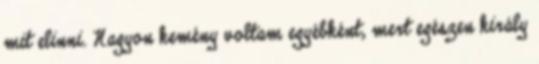
mit elinni. Nagyon kemény voltam egyébként, mert egészen király